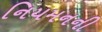
નિયમનની